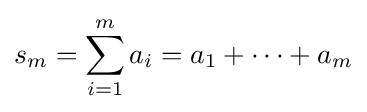
s_{m}=\sum _{i=1}^{m}a_{i}=a_{1}+\cdots +a_{m}